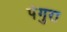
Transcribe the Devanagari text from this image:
पंगुरा